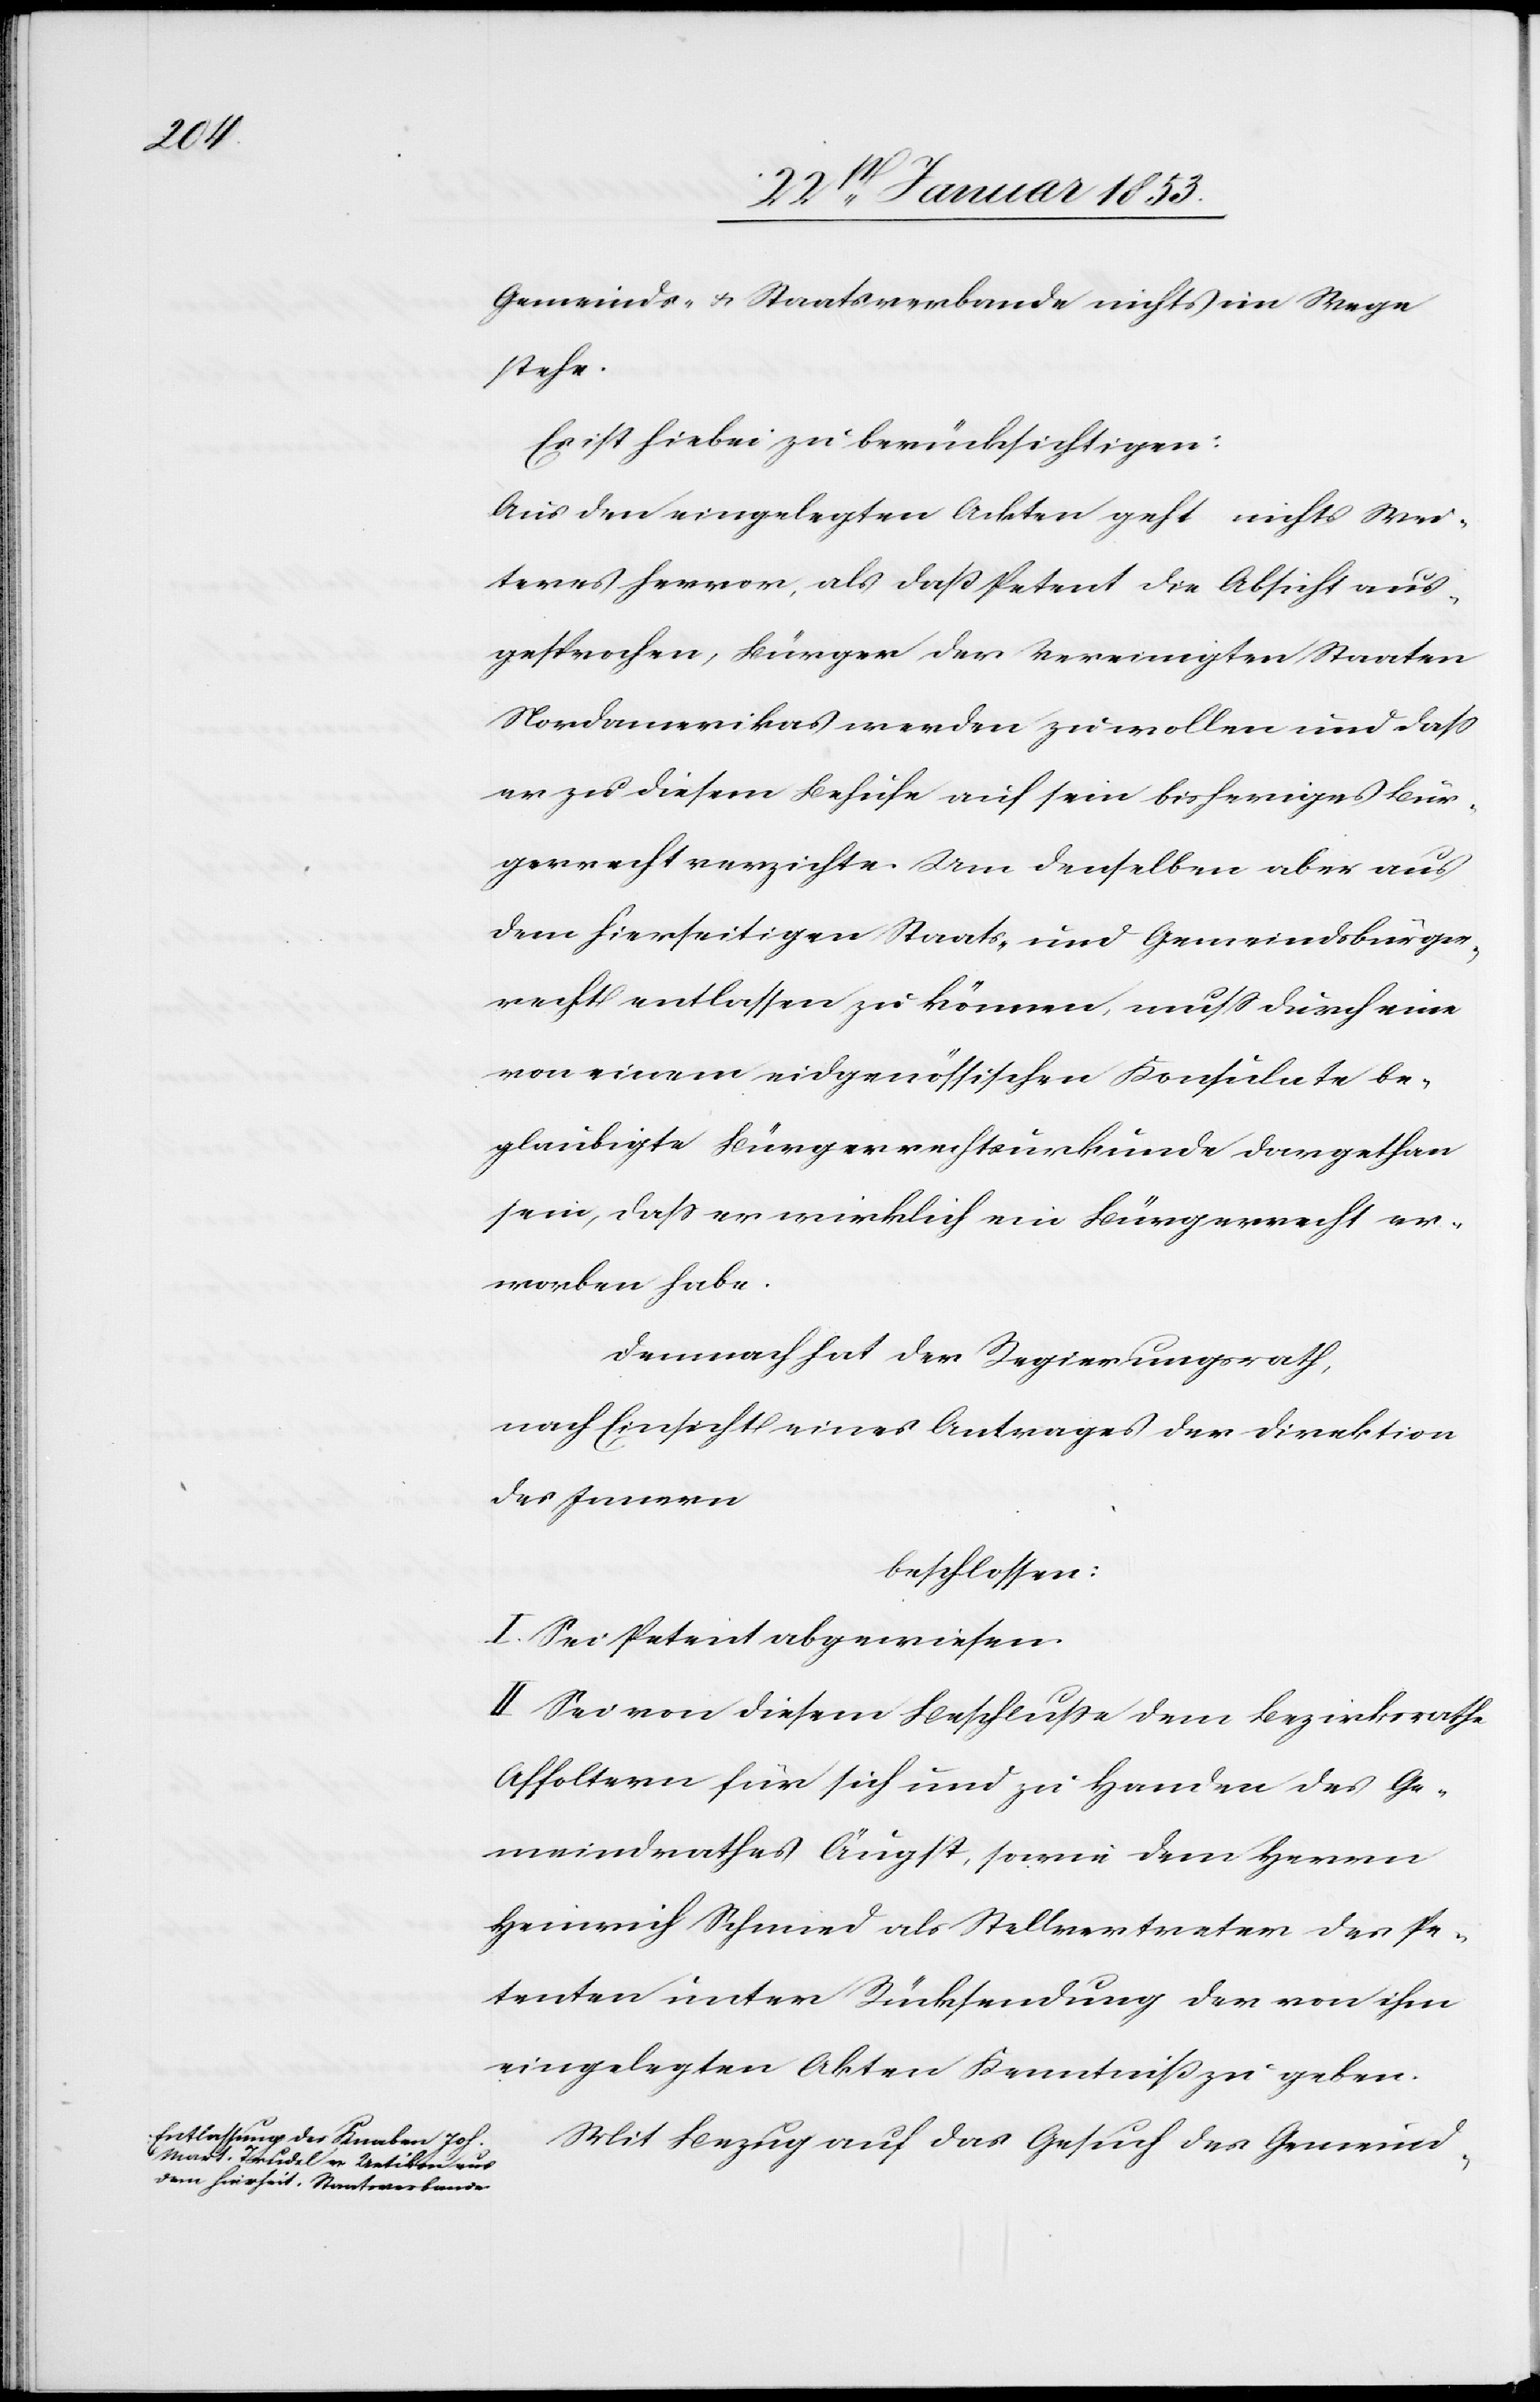
Gemeinds- u. Staatsverbande nichts im Wege
stehe.
Es ist hiebei zu berücksichtigen:
Aus den eingelegten Ackten [sic!] geht nichts Wei¬
teres hervor, als daß Petent die Absicht aus¬
gesprochen, Bürger der Vereinigten Staaten
Nordamerikas werden zu wollen und daß
er zu diesem Behufe auf sein bisheriges Bür¬
gerrecht verzichte. Um denselben aber aus
dem hierseitigen Staats- und Gemeindsbürger¬
recht entlassen zu können, muß durch eine
von einem eidgenößischen Konsulate be¬
glaubigte Bürgerrechtsurkunde dargethan
sein, daß er wirklich ein Bürgerrecht er¬
worben habe.
Demnach hat der Regierungsrath,
nach Einsicht eines Antrages der Direktion
des Innern
beschlossen:
I. Sei Petent abgewiesen.
II. Sei von diesem Beschluße dem Bezirksrathe
Affoltern für sich und zu Handen des Ge¬
meindrathes Äugst, sowie dem Herrn
Heinrich Schmid als Stellvertreter des Pe¬
tenten unter Rücksendung der von ihm
eingelegten Akten Kenntniß zu geben.
Mit Bezug auf das Gesuch des Gemeind-